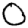
Digit: 0